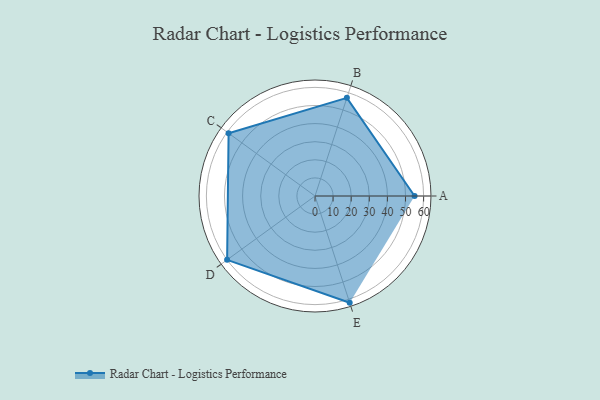
{"axis": {"x": "Skill", "y": "Score"}, "legend": ["Profile"], "data": [{"x": "A", "y": 55.0, "type": "Profile"}, {"x": "B", "y": 57.0, "type": "Profile"}, {"x": "C", "y": 59.0, "type": "Profile"}, {"x": "D", "y": 60.0, "type": "Profile"}, {"x": "E", "y": 62.0, "type": "Profile"}]}